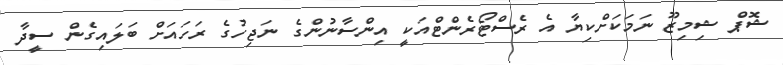
ޝޮޕް ޝިމިޒޫ ނަމަކަށްކިޔާ އެ ރެސްޓޯރެންޓްއަކީ އިންސާނުންގެ ނަޖިހުގެ ރަހައަށް ބަލައިގެން ސީދާ